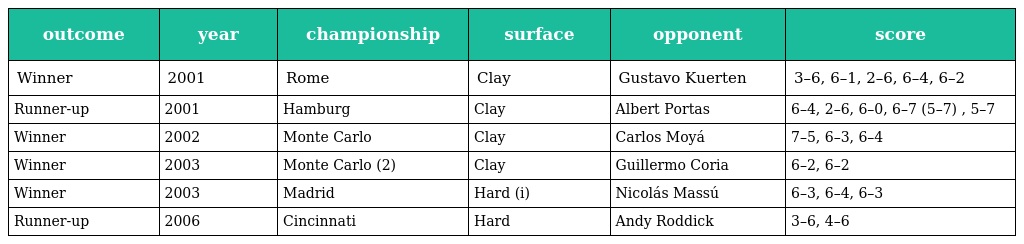
| outcome | year | championship | surface | opponent | score |
 | --- | --- | --- | --- | --- | --- |
 | Winner | 2001 | Rome | Clay | Gustavo Kuerten | 3–6, 6–1, 2–6, 6–4, 6–2 |
 | Runner-up | 2001 | Hamburg | Clay | Albert Portas | 6–4, 2–6, 6–0, 6–7 (5–7) , 5–7 |
 | Winner | 2002 | Monte Carlo | Clay | Carlos Moyá | 7–5, 6–3, 6–4 |
 | Winner | 2003 | Monte Carlo (2) | Clay | Guillermo Coria | 6–2, 6–2 |
 | Winner | 2003 | Madrid | Hard (i) | Nicolás Massú | 6–3, 6–4, 6–3 |
 | Runner-up | 2006 | Cincinnati | Hard | Andy Roddick | 3–6, 4–6 |